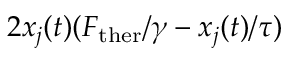
2 x _ { j } ( t ) ( F _ { \mathrm { t h e r } } / \gamma - x _ { j } ( t ) / \tau )